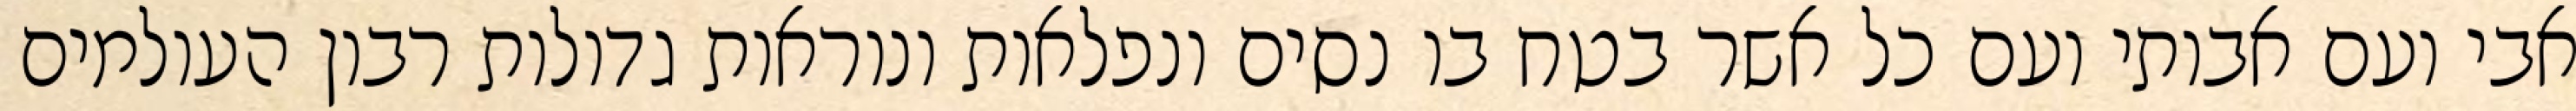
אבי ועם אבותי ועם כל אשר בטח בו נסים ונפלאות ונוראות גדולות רבון העולמים